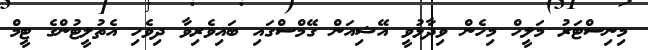
މިނިސްޓަރު މަލީހް މިހެން ވިދާޅުވީ އޭޝިއަން ގޭމްސްގައި ބައިވެރިވާ ދިވެހި އެތުލީޓުންގެ ޓީމް